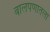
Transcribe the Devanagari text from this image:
बालपणातला